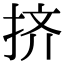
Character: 挤